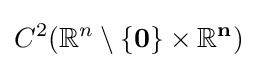
C^{2}(\mathbb {R} ^{n}\setminus {\bf {{\{0\}}\times \mathbb {R} ^{n})}}